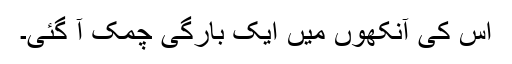
اس کی آنکھوں میں ایک بارگی چمک آ گئی۔